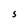
Character: S